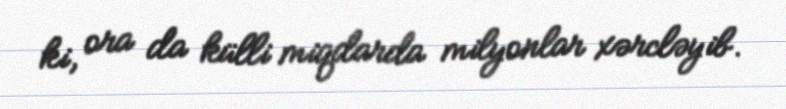
ki, ora da külli miqdarda milyonlar xərcləyib.